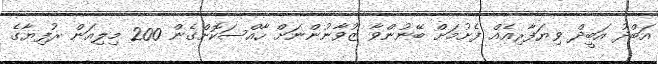
އަބްދު އަބީދް ވިޔަފާރިއެއް ފެށުމަށް ބޭނުންވާ ޒުވާނުންނަށް ހާއްސަކޮށްގެން 200 މިލިއަން ރުފިޔާގެ